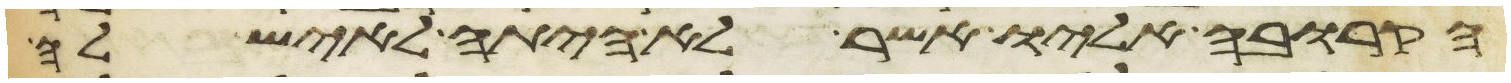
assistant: הקרובה אליו אשר לא היתה לאיש לה